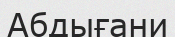
Абдығани